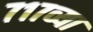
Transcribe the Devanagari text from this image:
७१७व्या